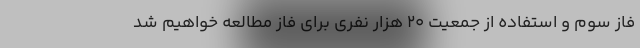
فاز سوم و استفاده از جمعیت ۲۰ هزار نفری برای فاز مطالعه خواهیم شد